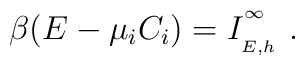
\beta(E-\mu_{i}C_{i})=I_{\phantom{}_{E,h}}^{\phantom{}^\infty}\ .